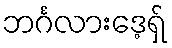
ဘင်္ဂလားဒေ့ရှ်